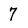
Character: 7